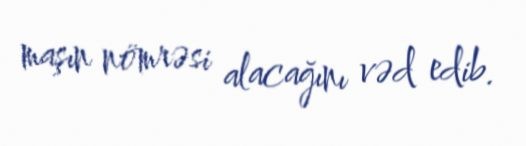
maşın nömrəsi alacağını vəd edib.